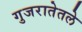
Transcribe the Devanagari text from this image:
गुजरातेतले